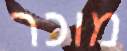
מוכר